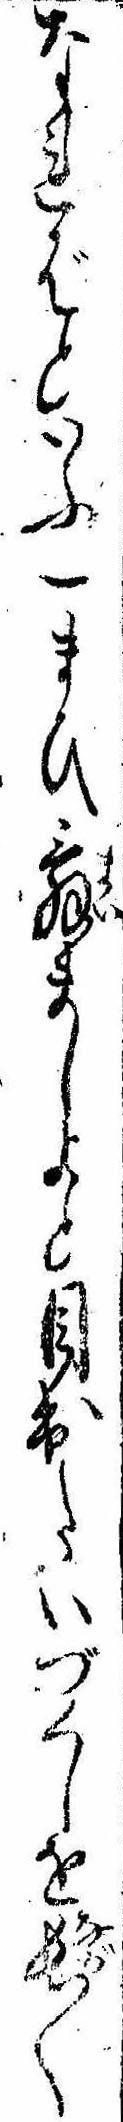
なればといふ一まひ舞ましよと目出たいづくしを長〱